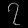
Digit: ၇